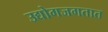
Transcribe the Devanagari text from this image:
उद्योगजगतात